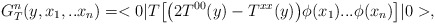
\begin{align*}G^{n}_{T}(y,x_1,..x_n)=<0|T\bigl[\bigl(2 T^{00}(y)-T^{xx}(y)\bigr)\phi(x_1)...\phi(x_n)\bigr]|0>,\end{align*}